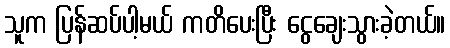
သူက ပြန်ဆပ်ပါ့မယ် ကတိပေးပြီး ငွေချေးသွားခဲ့တယ်။